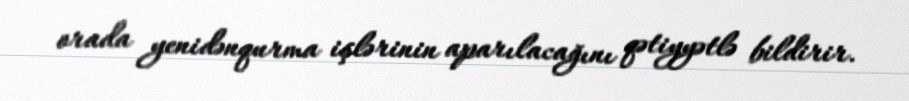
orada yenidənqurma işlərinin aparılacağını qətiyyətlə bildirir.